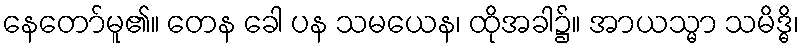
နေတော်မူ၏။ တေန ခေါ ပန သမယေန၊ ထိုအခါ၌။ အာယသ္မာ သမိဒ္ဓိ၊